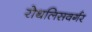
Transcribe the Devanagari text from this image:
रोथलिसवर्गर